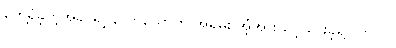
တွေ့ရှိခဲ့တဲ့အခါ ရာ့ချ် တယောက် အရမ်း အံ့အားသင့်သွားခဲ့ရပါတယ်။